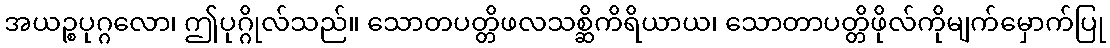
အယဉ္စပုဂ္ဂလော၊ ဤပုဂ္ဂိုလ်သည်။ သောတပတ္တိဖလသစ္ဆိကိရိယာယ၊ သောတာပတ္တိဖိုလ်ကိုမျက်မှောက်ပြု